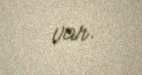
var.